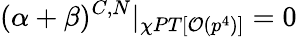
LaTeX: (\alpha+\beta)^{C,N}|_{\chi PT[{\cal{O}}(p^{4})]}=0